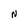
Character: N